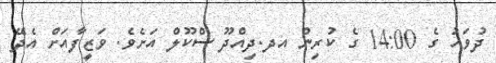
ދުވަހު ގެ 14:00 ގެ ކުރިން އދ.ދިއްދޫ ސްކޫލް އަށެވެ. ވަޒީފާއަށް އެދޭ